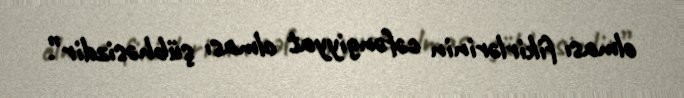
olması fikirlərinin cəfəngiyyat olması şübhəsizdir”.